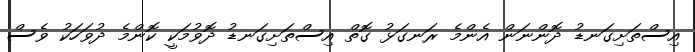
އިސްތަށިގަނޑު ދޮންނަން އެންމެ ރަނގަޅު ގޮތް އިސްތަށިގަނޑު ދޮވުމަކީ ކޮންމެ ދުވަހަކު ވެސް